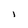
Character: i